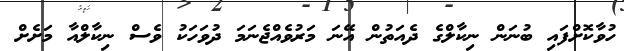
ހުވާކޮށްފައި ބުނަން ނިކާލްގެ ދެއަތުން އޭނަ މަރުވެއްޖެނަމަ ދުވަހަކު ވެސް ނިކާލްއާ މަށެށް